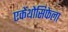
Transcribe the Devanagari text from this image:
एकेंथोसिफेला